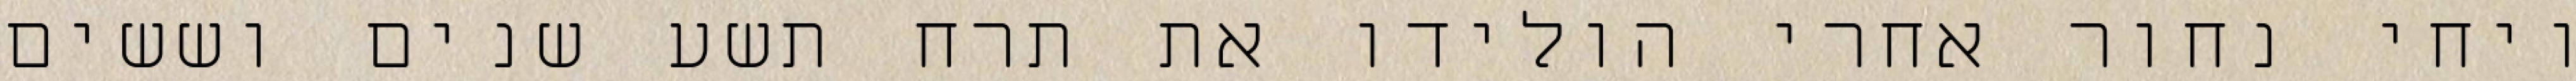
ויחי נחור אחרי הולידו את תרח תשע שנים וששים